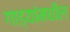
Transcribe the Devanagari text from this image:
गाड्यांमधील